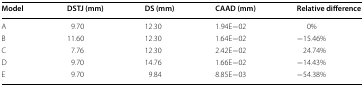
<table><thead><tr><td><b>Model</b></td><td><b>DSTJ (mm)</b></td><td><b>DS (mm)</b></td><td><b>CAAD (mm)</b></td><td><b>Relative difference</b></td></tr></thead><tbody><tr><td>A</td><td>9.70</td><td>12.30</td><td>1.94E−02</td><td>0%</td></tr><tr><td>B</td><td>11.60</td><td>12.30</td><td>1.64E−02</td><td>−15.46%</td></tr><tr><td>C</td><td>7.76</td><td>12.30</td><td>2.42E−02</td><td>24.74%</td></tr><tr><td>D</td><td>9.70</td><td>14.76</td><td>1.66E−02</td><td>−14.43%</td></tr><tr><td>E</td><td>9.70</td><td>9.84</td><td>8.85E−03</td><td>−54.38%</td></tr></tbody></table>